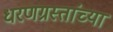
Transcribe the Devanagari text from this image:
धरणग्रस्तांच्या